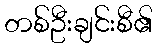
တစ်ဦးချင်းစီ၏